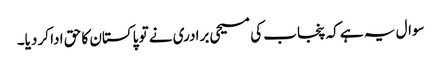
سوال یہ ہے کہ پنجاب کی مسیحی برادری نے تو پاکستان کا حق ادا کر دیا۔